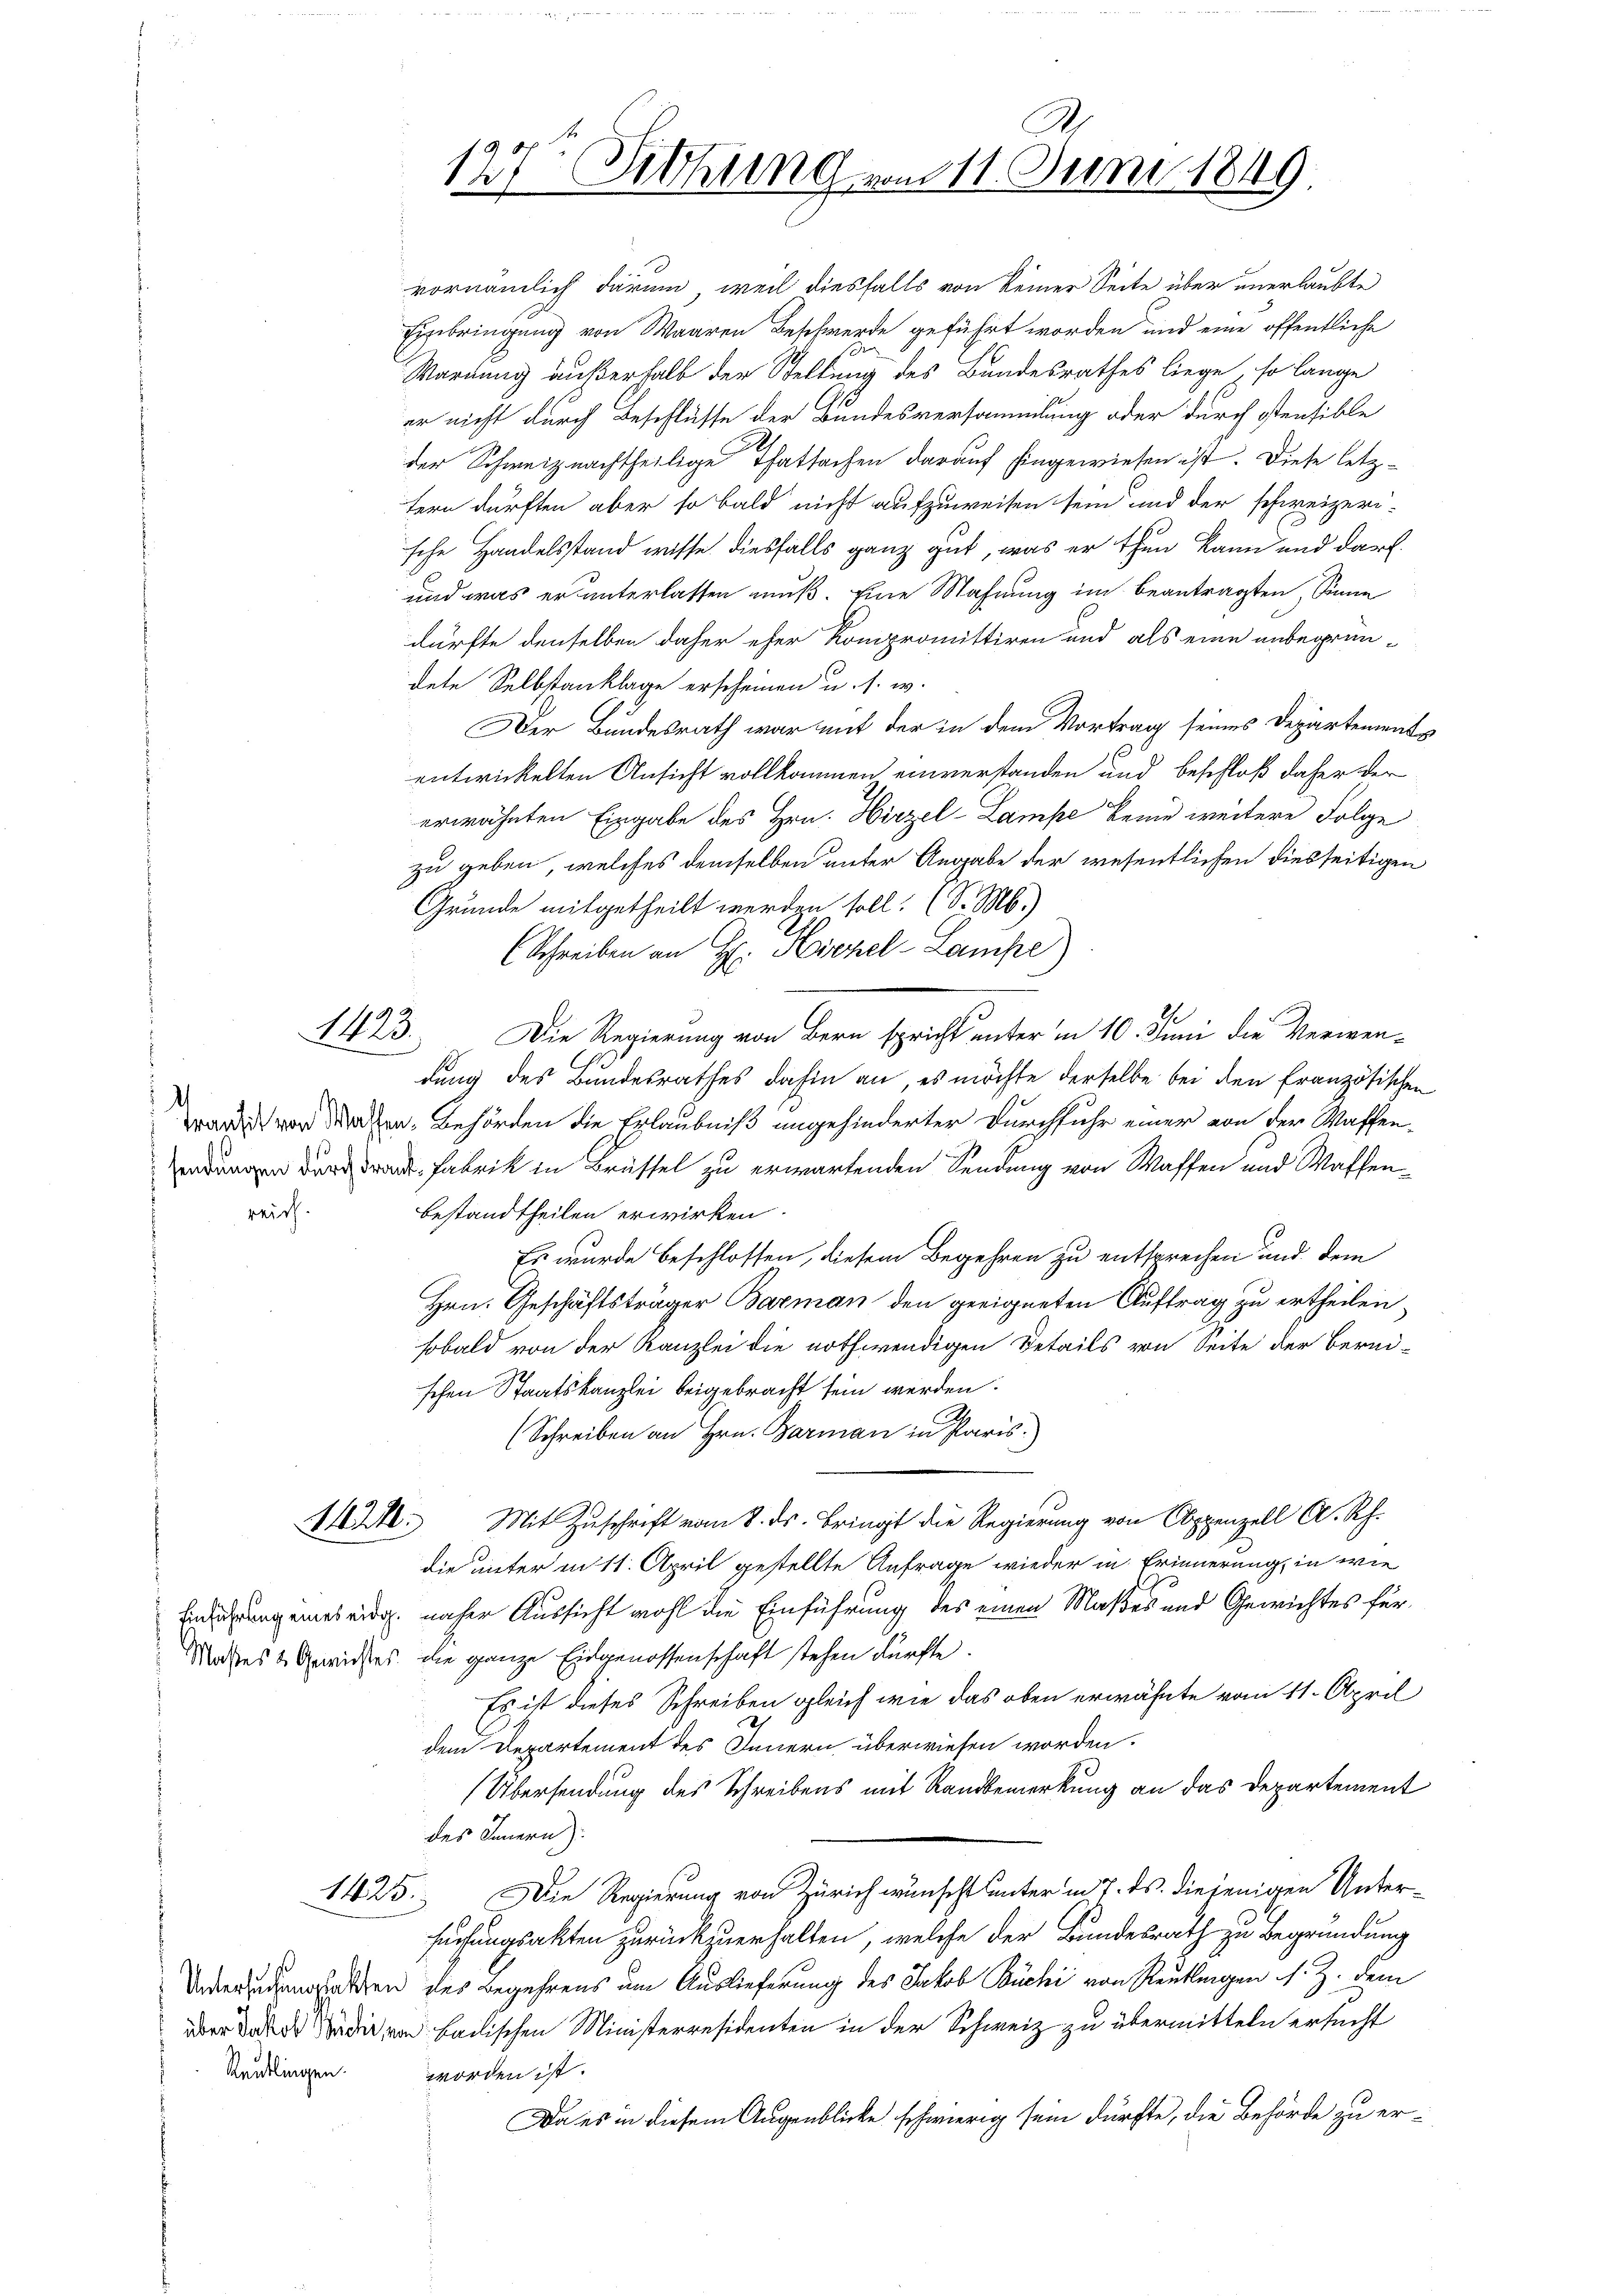
1423

.
reich.

Reutlingen.

so
Warnung außerhalb der Stellung des Bundesrathes liege, so lange
er nicht durch Beschlüsse der Bundesversammlung oder durch stensible
der Schweiz nachtheilige Thatsachen darauf hingewiesen ist. Diese letztern dürften aber so bald nicht aufzuweisen sein und der schweizeri-
sche Handelsstand wisse diesfalls ganz gut, was er thun kann und darf.
und was er unterlassen muß. Eine Mahnung im beantragten, Sinne
dürfte denselben daher eher Kompromittiren und als eine unbegründete Selbstanklage erscheinen u. s. w.
Der Bundesrath war mit der in dem Vortrag seines Departements
entwickelten Ansicht vollkommen einverstanden und beschloß daher der
erwähnten Eingabe des Hrn. Hirzel-Lampe keine weitere Folge
zu geben, welches demselben unter Angabe der wesentlichen diesseitigen
Grunde mitgetheilt werden soll. (S. M.)
(Schreiben an H: Hirzel-Lampe)
Die Regierung von Bern spricht unter in 10. Juni die Verwendung des Bundesrathes dahin an es möchte derselbe bei den Französischen
wordes vor durchen Behörden die Erlaubniß angehinderter Durchfuhr einer von der Waffen-
 Fabrik in Brüssel zu erwartenden Sendung von Waffen und Waffen¬
Bestandtheilen erwirken.
Es wurde beschlossen, diesem Begehren zu entsprechen und dem
Hrn. Geschäftsträger Barman den geeigneten Auftrag zu ertheilen,
sobald von der Kanzlei die nothwendigen Details von Seite der bereischen Staatskanzlei beigebracht sein werden.
(Schreiben an Hrn. Barman in Paris.
412. Mit Zuschrift vom 8. ds. bringt die Regierung von Appenzell A. Rh.
die unter in 11. April gestellte Anfrage wieder in Erinnerung, in wie
Einsehung eines eidg. näher Aussicht wohl die Einführung des einen Maßes und Gewichtes für
Machtes & Gewichtes, die ganze Eidgenossenschaft stehen dürfte.
Es ist dieses Schreiben gleich wie das oben erwähnte vom 11. April
dem Departement des Innern überwiesen worden.
Übersendung des Schreibens mit Randbemerkung an das Departement
des Innern):
1425. Die Regierung von Zürich wünscht unter in 7. ds. diejenigen Untersuchungsakten zurückzuerhalten, welche der Bundesrath zu Begründung
Underendungsrathen des Begehrens um Auslieferung des Jakob Büchi von Reutlingen s. Z. dem
er da di und badischen Ministerresidenten in der Schweiz zu übermitteln ersucht
worden ist.
Da es in diesem Augenblicke schwierig sein dürfte, die Behörde zu er¬

vornämlich darum, weil diesfalls von keiner Seite über unerlaubte
Einbringung von Waaren Beschwerde geführt worden und eine öffentliche

127 Vithung vom 11. Juni 1849